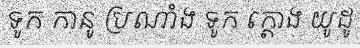
ទូក កានូ ប្រណាំង ទូក ក្តោង យូដូ